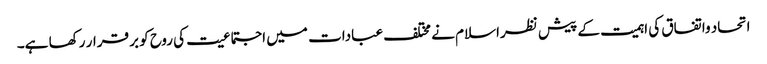
اتحاد واتفاق کی اہمیت کے پیش نظراسلام نے مختلف عبادات میں اجتماعیت کی روح کو بر قرار رکھا ہے۔